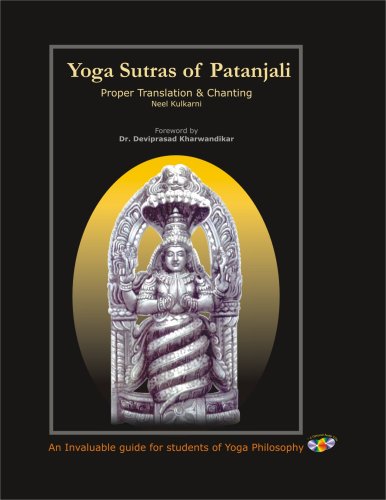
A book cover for Yoga Sutras of Patanjali Proper Translation & Chanting; Neel Kulkarni; Religion & Spirituality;